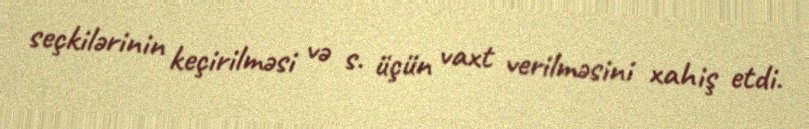
seçkilərinin keçirilməsi və s. üçün vaxt verilməsini xahiş etdi.